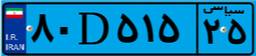
۸۰D۵۱۵۲۵